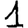
Digit: 1